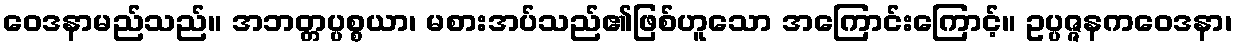
ဝေဒနာမည်သည်။ အဘတ္တပ္ပစ္စယာ၊ မစားအပ်သည်၏ဖြစ်ဟူသော အကြောင်းကြောင့်။ ဥပ္ပဇ္ဇနကဝေဒနာ၊